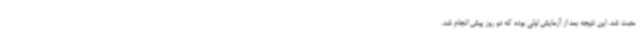
مثبت شد. این نتیجه بعد از آزمایش اولی بوده که دو روز پیش انجام شد.